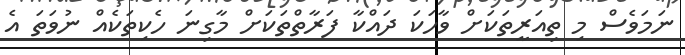
ނަމަވެސް މި ތިއަރީތަކަށް ވާހަކަ ދައްކާ ފަރާތްތަކަށް މާގިނަ ހެކިތަކެއް ނުވަތަ އެ